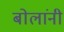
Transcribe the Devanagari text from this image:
बोलांनी